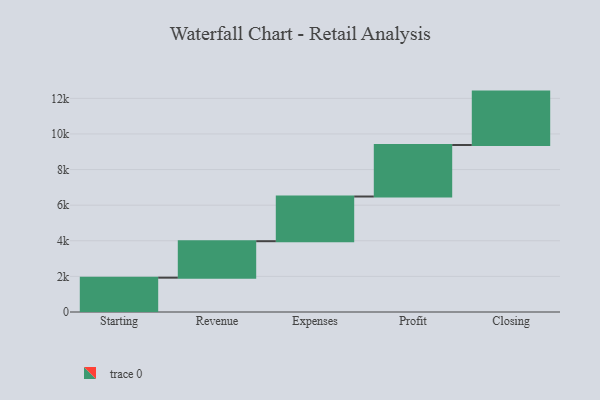
{"axis": {"x": "Step", "y": "Value"}, "legend": [""], "data": [{"x": "Starting", "y": 1928.0, "type": ""}, {"x": "Revenue", "y": 2048.0, "type": ""}, {"x": "Expenses", "y": 2510.0, "type": ""}, {"x": "Profit", "y": 2892.0, "type": ""}, {"x": "Closing", "y": 3000, "type": ""}]}